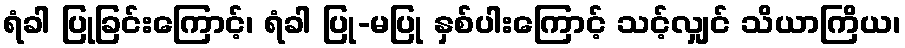
ရံခါ ပြုခြင်းကြောင့်၊ ရံခါ ပြု-မပြု နှစ်ပါးကြောင့် သင့်လျှင် သိယာကြိယ၊